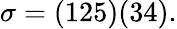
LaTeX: \sigma=(125)(34).